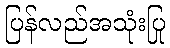
ပြန်လည်အသုံးပြု